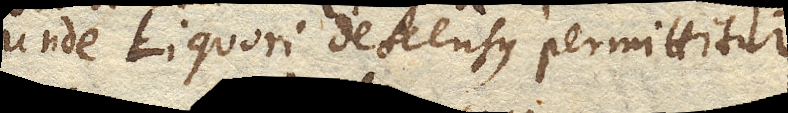
unde Liquori descensus permittitur.